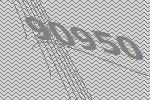
90950